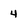
Character: 4